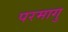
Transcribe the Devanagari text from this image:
परमागु